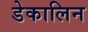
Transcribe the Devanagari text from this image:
डेकालिन